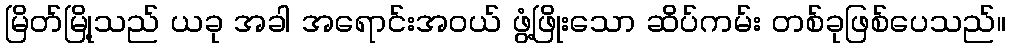
မြိတ်မြို့သည် ယခု အခါ အရောင်းအဝယ် ဖွံ့ဖြိုးသော ဆိပ်ကမ်း တစ်ခုဖြစ်ပေသည်။